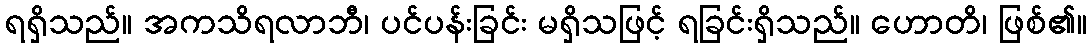
ရရှိသည်။ အကသိရလာဘီ၊ ပင်ပန်းခြင်း မရှိသဖြင့် ရခြင်းရှိသည်။ ဟောတိ၊ ဖြစ်၏။